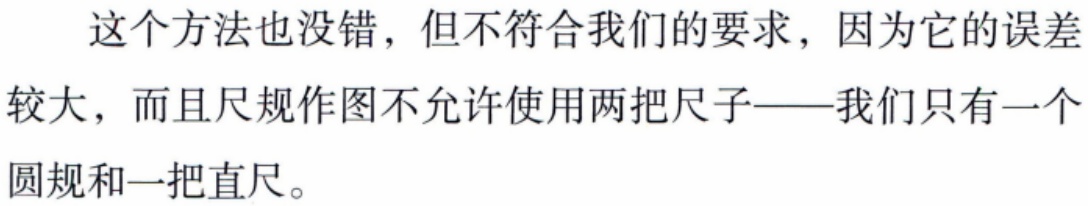
这个方法也没错，但不符合我们的要求，因为它的误差较大，而且尺规作图不允许使用两把尺子——我们只有一个圆规和一把直尺。